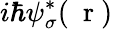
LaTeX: i\hbar\psi_{\sigma}^{*}(\mathrm{~\mathbf~r~})